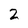
Character: 2